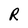
Character: R